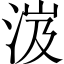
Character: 𣵵